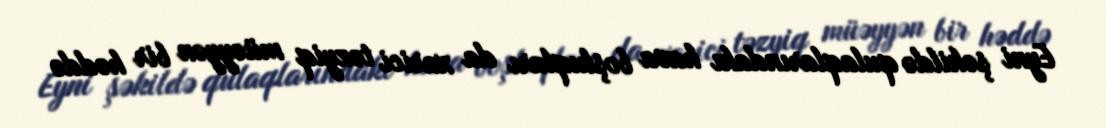
Eyni şəkildə qulaqlarındakı hava boşluqları da xarici təzyiq müəyyən bir həddə